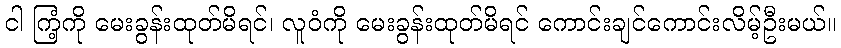
ငါ ကြံ့ကို မေးခွန်းထုတ်မိရင်၊ လူဝံကို မေးခွန်းထုတ်မိရင် ကောင်းချင်ကောင်းလိမ့်ဦးမယ်။